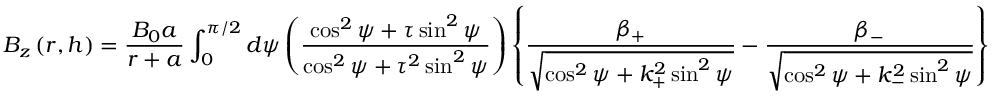
B _ { z } \left( r , h \right) = \frac { B _ { 0 } a } { r + a } \int _ { 0 } ^ { \pi / 2 } d \psi \left( \frac { \cos ^ { 2 } \psi + \tau \sin ^ { 2 } \psi } { \cos ^ { 2 } \psi + \tau ^ { 2 } \sin ^ { 2 } \psi } \right) \left\{ \frac { \beta _ { + } } { \sqrt { \cos ^ { 2 } \psi + k _ { + } ^ { 2 } \sin ^ { 2 } \psi } } - \frac { \beta _ { - } } { \sqrt { \cos ^ { 2 } \psi + k _ { - } ^ { 2 } \sin ^ { 2 } \psi } } \right\}